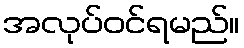
အလုပ်ဝင်ရမည်။